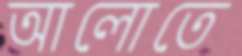
আলোতে